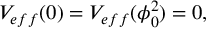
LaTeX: V _ { e f f } ( 0 ) = V _ { e f f } ( \phi _ { 0 } ^ { 2 } ) = 0 ,